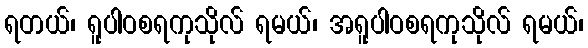
ရတယ်၊ ရူပါဝစရကုသိုလ် ရမယ်၊ အရူပါဝစရကုသိုလ် ရမယ်၊